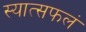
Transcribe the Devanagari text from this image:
स्यात्सफलं